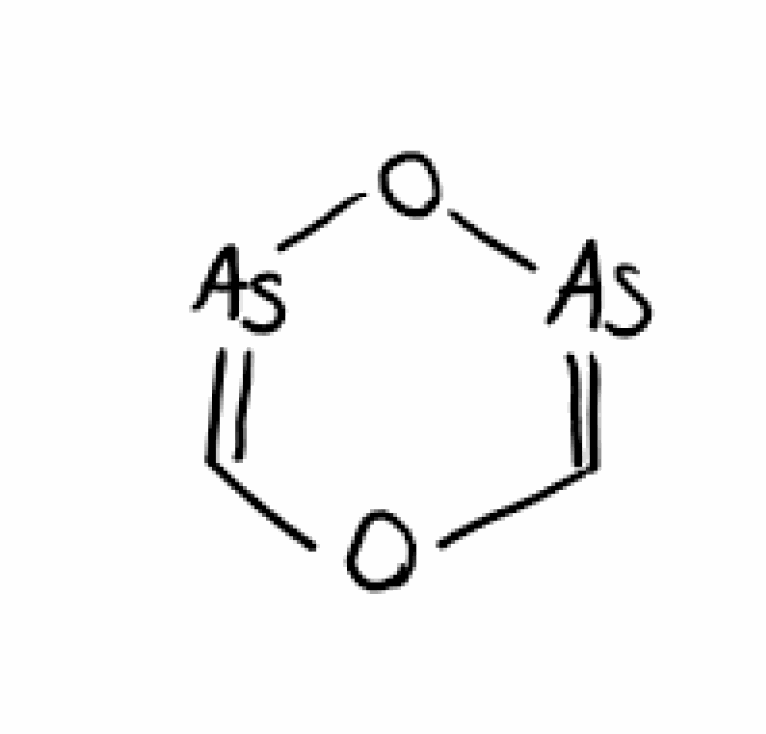
Simplified molecular-input line-entry system (SMILES) notation of the given molecule:
C1=[As]O[As]=CO1